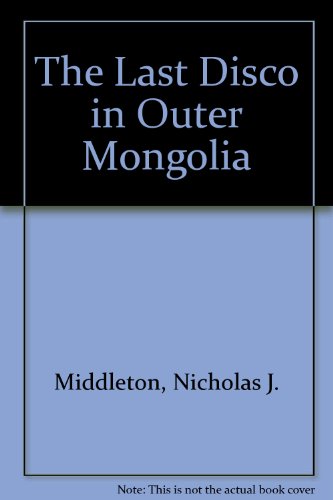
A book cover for The Last Disco in Outer Mongolia; Nicholas J. Middleton; Travel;